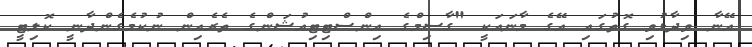
އޭނާ ވިދާޅުވި ގޮތުގައި އޭގެ މާނައަކީ "ގާސިމްގެ އިންސްޓިޓިއުޝަންގެ ތެެރެއިން ނުކުމެގެންދާނީ ކޮލިޓީ